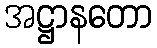
အဋ္ဌာနတော